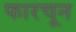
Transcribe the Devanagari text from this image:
फारचून